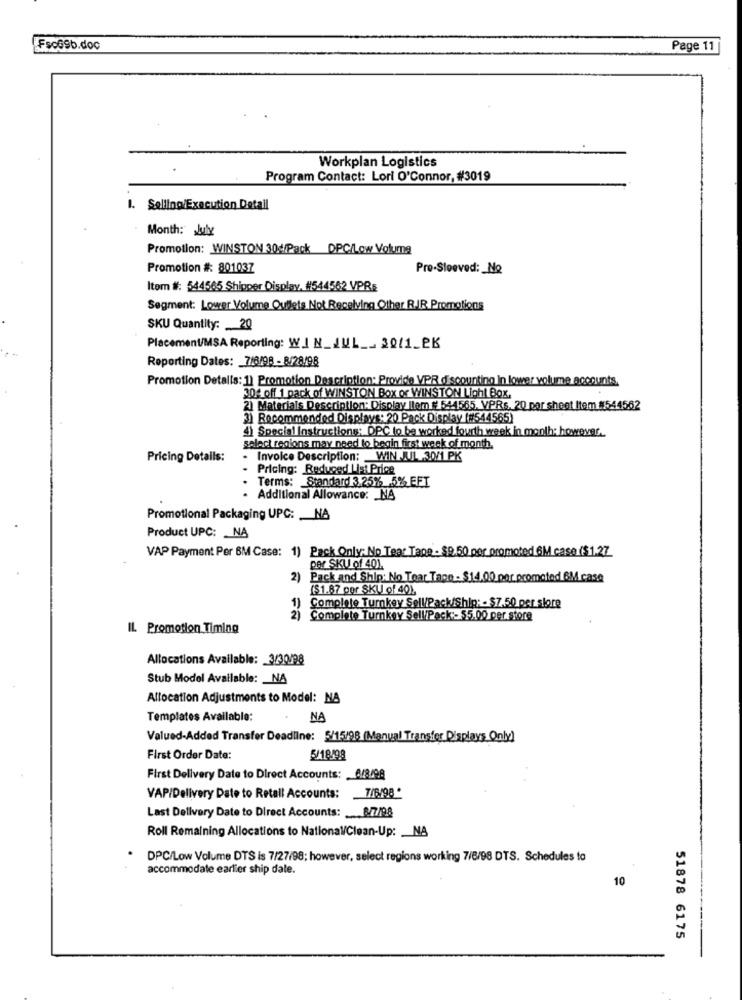
Fsc69b.doc
Page 11
Workplan Logistics
Program Contact: Lori O'Connor, #3019
1. Selling/Execution Detail
Month: July
Promotion: WINSTON 304/Pack DPC/Low Volume
Promotion #: 801037
Pre-Sleeved: No
Item #: 544565 Shipper Display, #544562 VPRs
Segment: Lower Volume Outlets Not Receiving Other R.IR. Promotions
SKU Quantity: _ 20
Placement/MSA Reporting: WIN_JUL __ 3011_2K
Reporting Dates: 7/8/98 - 8/28/98
Promotion Detalls: 1) Promotion Description: Provide VPR discounting in lower volume accounts
304 off 1 pack of WINSTON Box of WINSTON Light Box.
2) Materials Description: Display Ilem # 544565. VPRs. 20 par sheet Item #544562
3) Recommended Displays: 20 Pack Display (#544565)
4) Special Instructions: DPC to be worked fourth week in month: however.
select regions may need to begin first week of month.
Pricing Details:
Invoice Description: _ WIN JUL.30/1 PK
Pricing: Reduced List Price
Terms: Standard 3.25% 5% EFT
Additional Allowance: _ NA
Promotional Packaging UPC: __ NA
Product UPC: _ NA
VAP Payment Per BM Case: 1) Pack Only: No Tear Tane - $9.50 per promoted 6M case ($1.27
per SKU of 401.
2) Pack and Ship: No Tear Tape - $14.00 per promoted 6M case
($1.87 gor SKU of 40),
1)
Complete Turnkey Sell/Pack/Ship: - $7.50 per store
2)
Complete Turnkey Sell/Pack :- $5.00 per store
IL Promotion Timing
Allocations Available: 3/30/98
Stub Model Available: _ NA
Allocation Adjustments to Model: NA
Templates Available:
NA
Valued-Added Transfer Deadline: 5/15/98 (Manual Transfor Displays Only)
First Order Date:
5/18/98
First Delivery Date to Direct Accounts: 6/8/98
VAP/Delivery Date to Retall Accounts: 7/6/98
Last Delivery Date to Direct Accounts: . 8/7/98
Roll Remaining Allocations to National/Clean-Up: _ NA
DPC/Low Volume DTS is 7/27/98; however, select regions working 7/8/98 DTS. Schedules to
accommodate earlier ship dale.
10
51878 6175